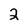
Character: 2